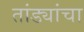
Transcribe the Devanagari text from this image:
तांड्यांचा